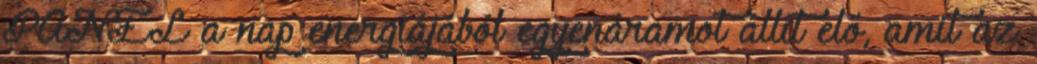
PANEL a nap energiájából egyenáramot állít elő, amit az